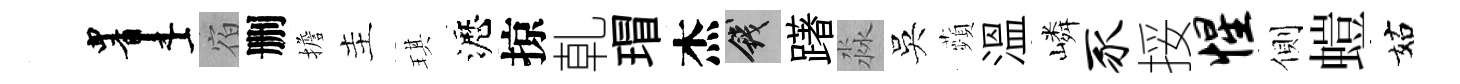
画宿删擔主琪瀝掠乹瑁杰錢躇淼吳蘋溫嶙豕挼惺側螘姑